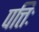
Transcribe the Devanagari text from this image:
पत्तिः